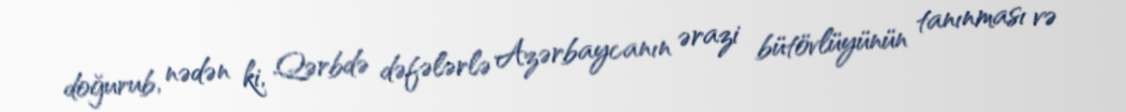
doğurub, nədən ki, Qərbdə dəfələrlə Azərbaycanın ərazi bütövlüyünün tanınması və